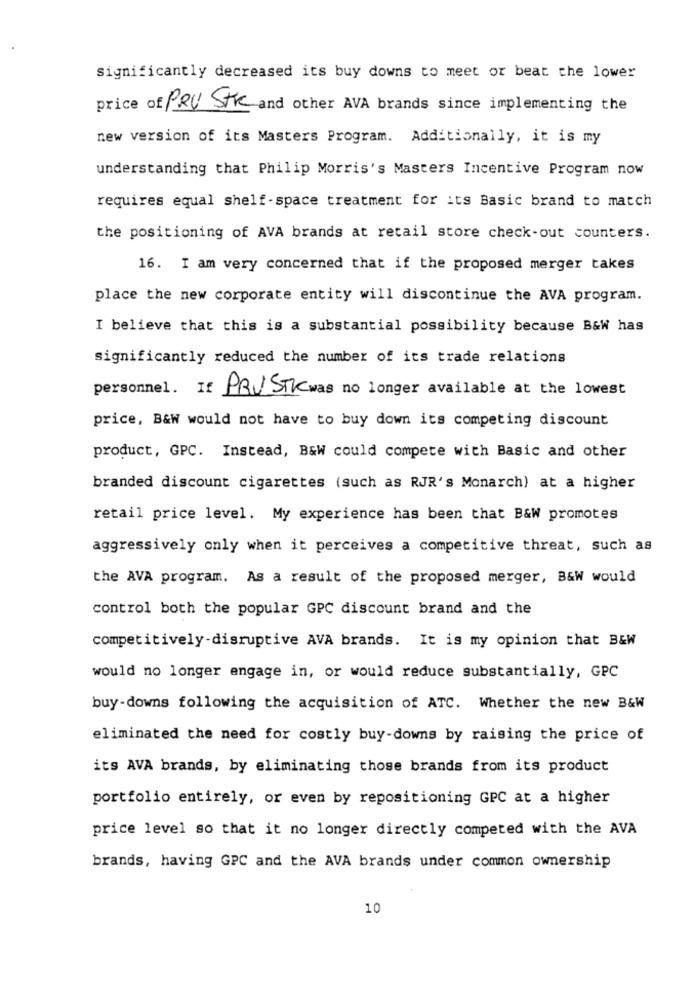
significantly decreased its buy downs to meet or beat the lower
price of PRU STR and other AVA brands since implementing the
new version of its Masters Program. Additionally, it is my
understanding that Philip Morris's Masters Incentive Program now
requires equal shelf -space treatment for its Basic brand to match
the positioning of AVA brands at retail store check-out counters.
16. I am very concerned that if the proposed merger takes
place the new corporate entity will discontinue the AVA program.
I believe that this is a substantial possibility because B&W has
significantly reduced the number of its trade relations
personnel. If PRUSTIC was no longer available at the lowest
price, B&W would not have to buy down its competing discount
product, GPC. Instead, B&W could compete with Basic and other
branded discount cigarettes (such as RJR's Monarch) at a higher
retail price level. My experience has been that B&W promotes
aggressively only when it perceives a competitive threat, such as
the AVA program. As a result of the proposed merger, B&W would
control both the popular GPC discount brand and the
competitively-disruptive AVA brands. It is my opinion that B&W
would no longer engage in, or would reduce substantially, GPC
buy-downs following the acquisition of ATC. Whether the new B&W
eliminated the need for costly buy-downs by raising the price of
its AVA brands, by eliminating those brands from its product
portfolio entirely, or even by repositioning GPC at a higher
price level so that it no longer directly competed with the AVA
brands, having GPC and the AVA brands under common ownership
10